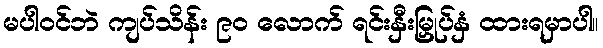
မပါဝင်ဘဲ ကျပ်သိန်း ၉၀ လောက် ရင်းနှီးမြှုပ်နှံ ထားရမှာပါ။